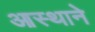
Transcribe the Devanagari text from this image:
आस्थाने